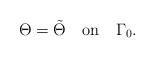
\begin{align*}\Theta=\tilde \Theta \quad\mbox{on}\quad\Gamma_0.\end{align*}